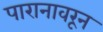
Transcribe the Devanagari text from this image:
पारानावरून